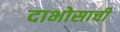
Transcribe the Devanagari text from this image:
दाभोसाची